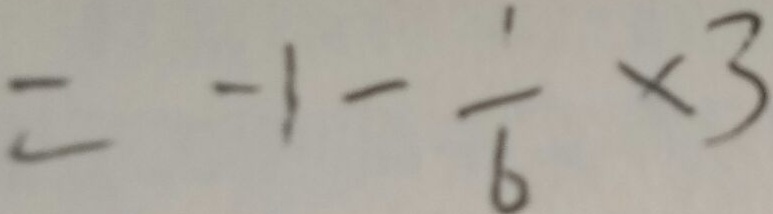
= - 1 - \frac { 1 } { 6 } \times 3